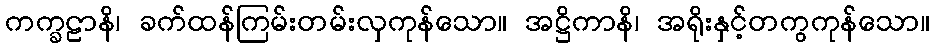
ကက္ခဠာနိ၊ ခက်ထန်ကြမ်းတမ်းလှကုန်သော။ အဋ္ဌိကာနိ၊ အရိုးနှင့်တကွကုန်သော။